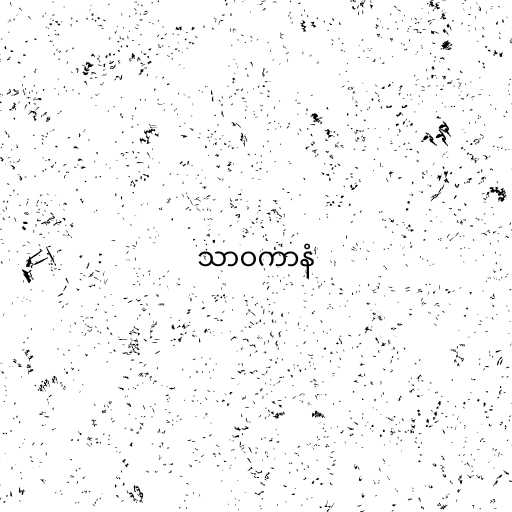
သာဝကာနံ